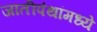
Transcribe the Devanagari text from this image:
जातीपंथांमध्ये